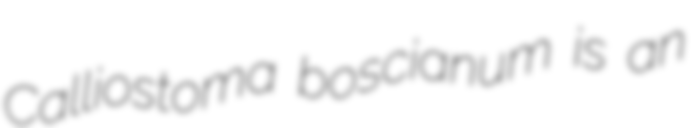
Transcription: Calliostoma boscianum is an